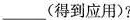
___(得到应用)?